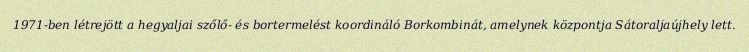
1971-ben létrejött a hegyaljai szőlő- és bortermelést koordináló Borkombinát, amelynek központja Sátoraljaújhely lett.